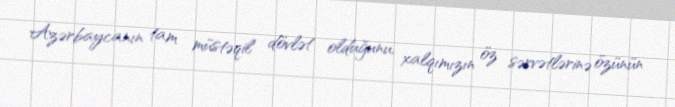
Azərbaycanın tam müstəqil dövlət olduğunu, xalqımızın öz sərvətlərinə özünün